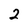
Character: 2